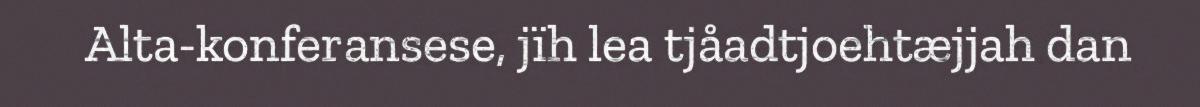
Alta-konferansese, jïh lea tjåadtjoehtæjjah dan